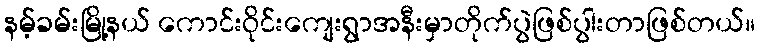
နမ့်ခမ်းမြို့နယ် ကောင်းဝိုင်းကျေးရွာအနီးမှာတိုက်ပွဲဖြစ်ပွါးတာဖြစ်တယ်။